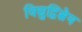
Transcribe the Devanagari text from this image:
विद्युद्विश्लेय